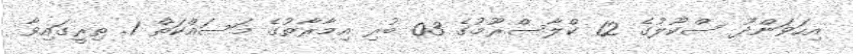
އިހަވަންދޫ ސްކޫލުގެ 12 ކްލާސްރޫމުގެ 03 ބުރި އިމާރާތުގެ މަސައްކަތް 1. ތިރީގައިވާ